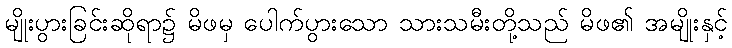
မျိုးပွားခြင်းဆိုရာ၌ မိဖမှ ပေါက်ပွားသော သားသမီးတို့သည် မိဖ၏ အမျိုးနှင့်